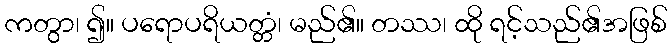
ကတွာ၊ ၍။ ပရောပရိယတ္တံ၊ မည်၏။ တဿ၊ ထို ရင့်သည်၏အဖြစ်